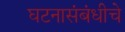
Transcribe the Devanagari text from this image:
घटनासंबंधीचे